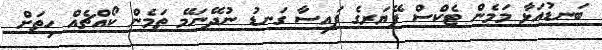
ބަނޑުއަޅާ މަމެން ޓެކްސް ޕޭޔަރގެ ފައިސާ ގަނޑު ނުދޭނަމޭ ތަމެން ކޯއްޗެއް ހިތަށް